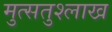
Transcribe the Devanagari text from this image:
मुत्सतुश्लाख